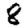
Digit: 8